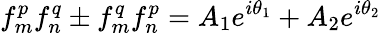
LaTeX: f_{m}^{p}f_{n}^{q}\pm f_{m}^{q}f_{n}^{p}=A_{1}e^{i\theta_{1}}+A_{2}e^{i\theta_{2}}